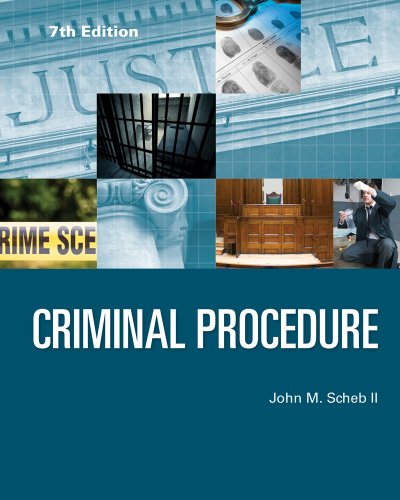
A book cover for Criminal Procedure; II  John M. Scheb; Law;